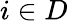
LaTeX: i\in D